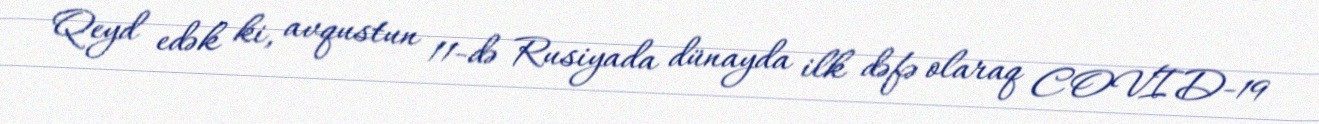
Qeyd edək ki, avqustun 11-də Rusiyada dünayda ilk dəfə olaraq COVID-19